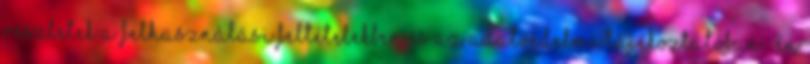
Részletek a Felhasználási feltételekben és az adatvédelmi tájékoztatóban. „Én